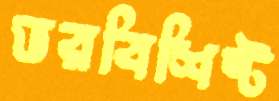
ভরবিশিষ্ট